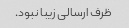
ظرف ارسالی زیبا نبود.